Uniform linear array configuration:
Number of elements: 24
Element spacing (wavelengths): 1
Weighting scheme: uniform
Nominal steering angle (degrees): -60
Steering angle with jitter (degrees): -58.122
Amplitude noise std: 0.05
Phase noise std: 0.05

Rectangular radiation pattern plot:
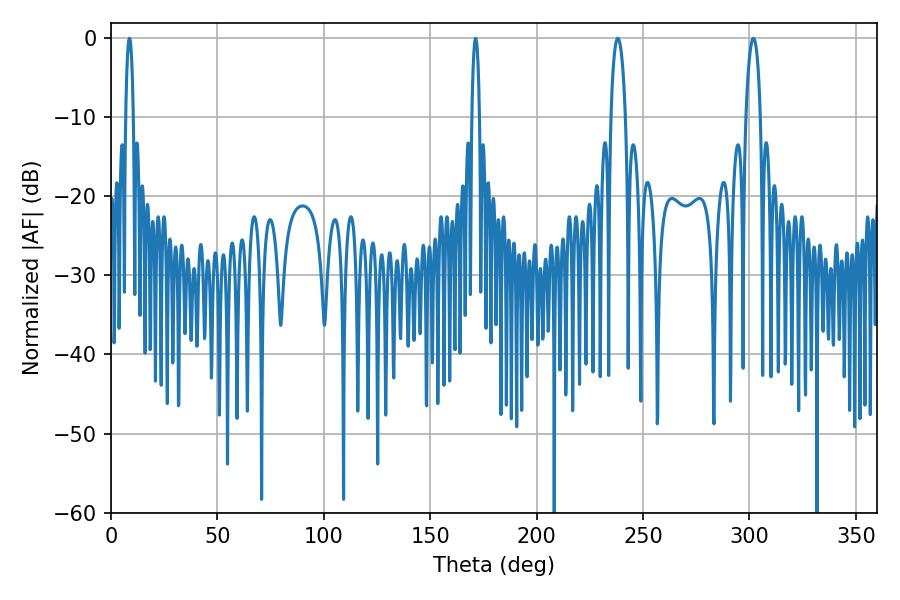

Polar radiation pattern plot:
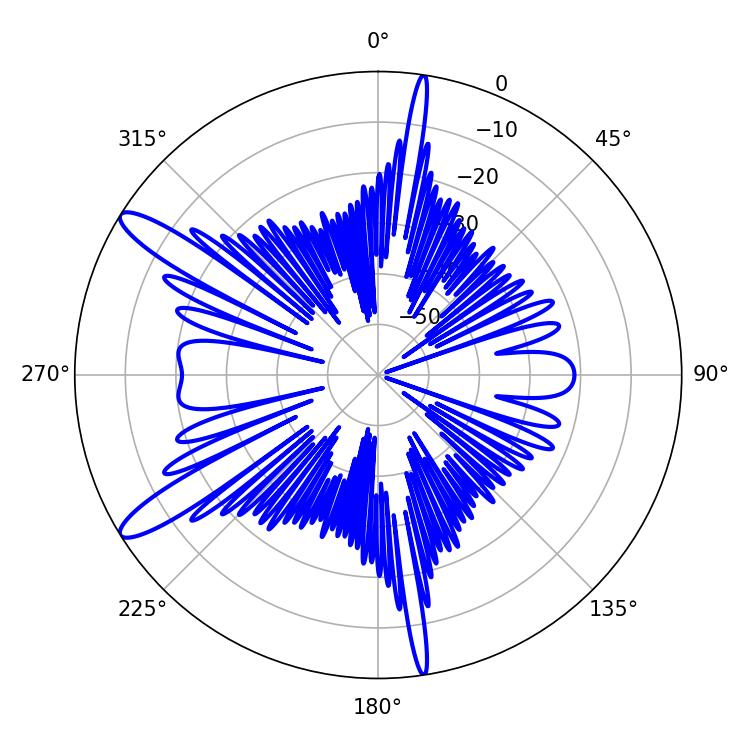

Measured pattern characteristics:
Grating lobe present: TRUE
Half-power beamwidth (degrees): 3.78
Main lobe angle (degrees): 238.14